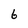
Character: 6